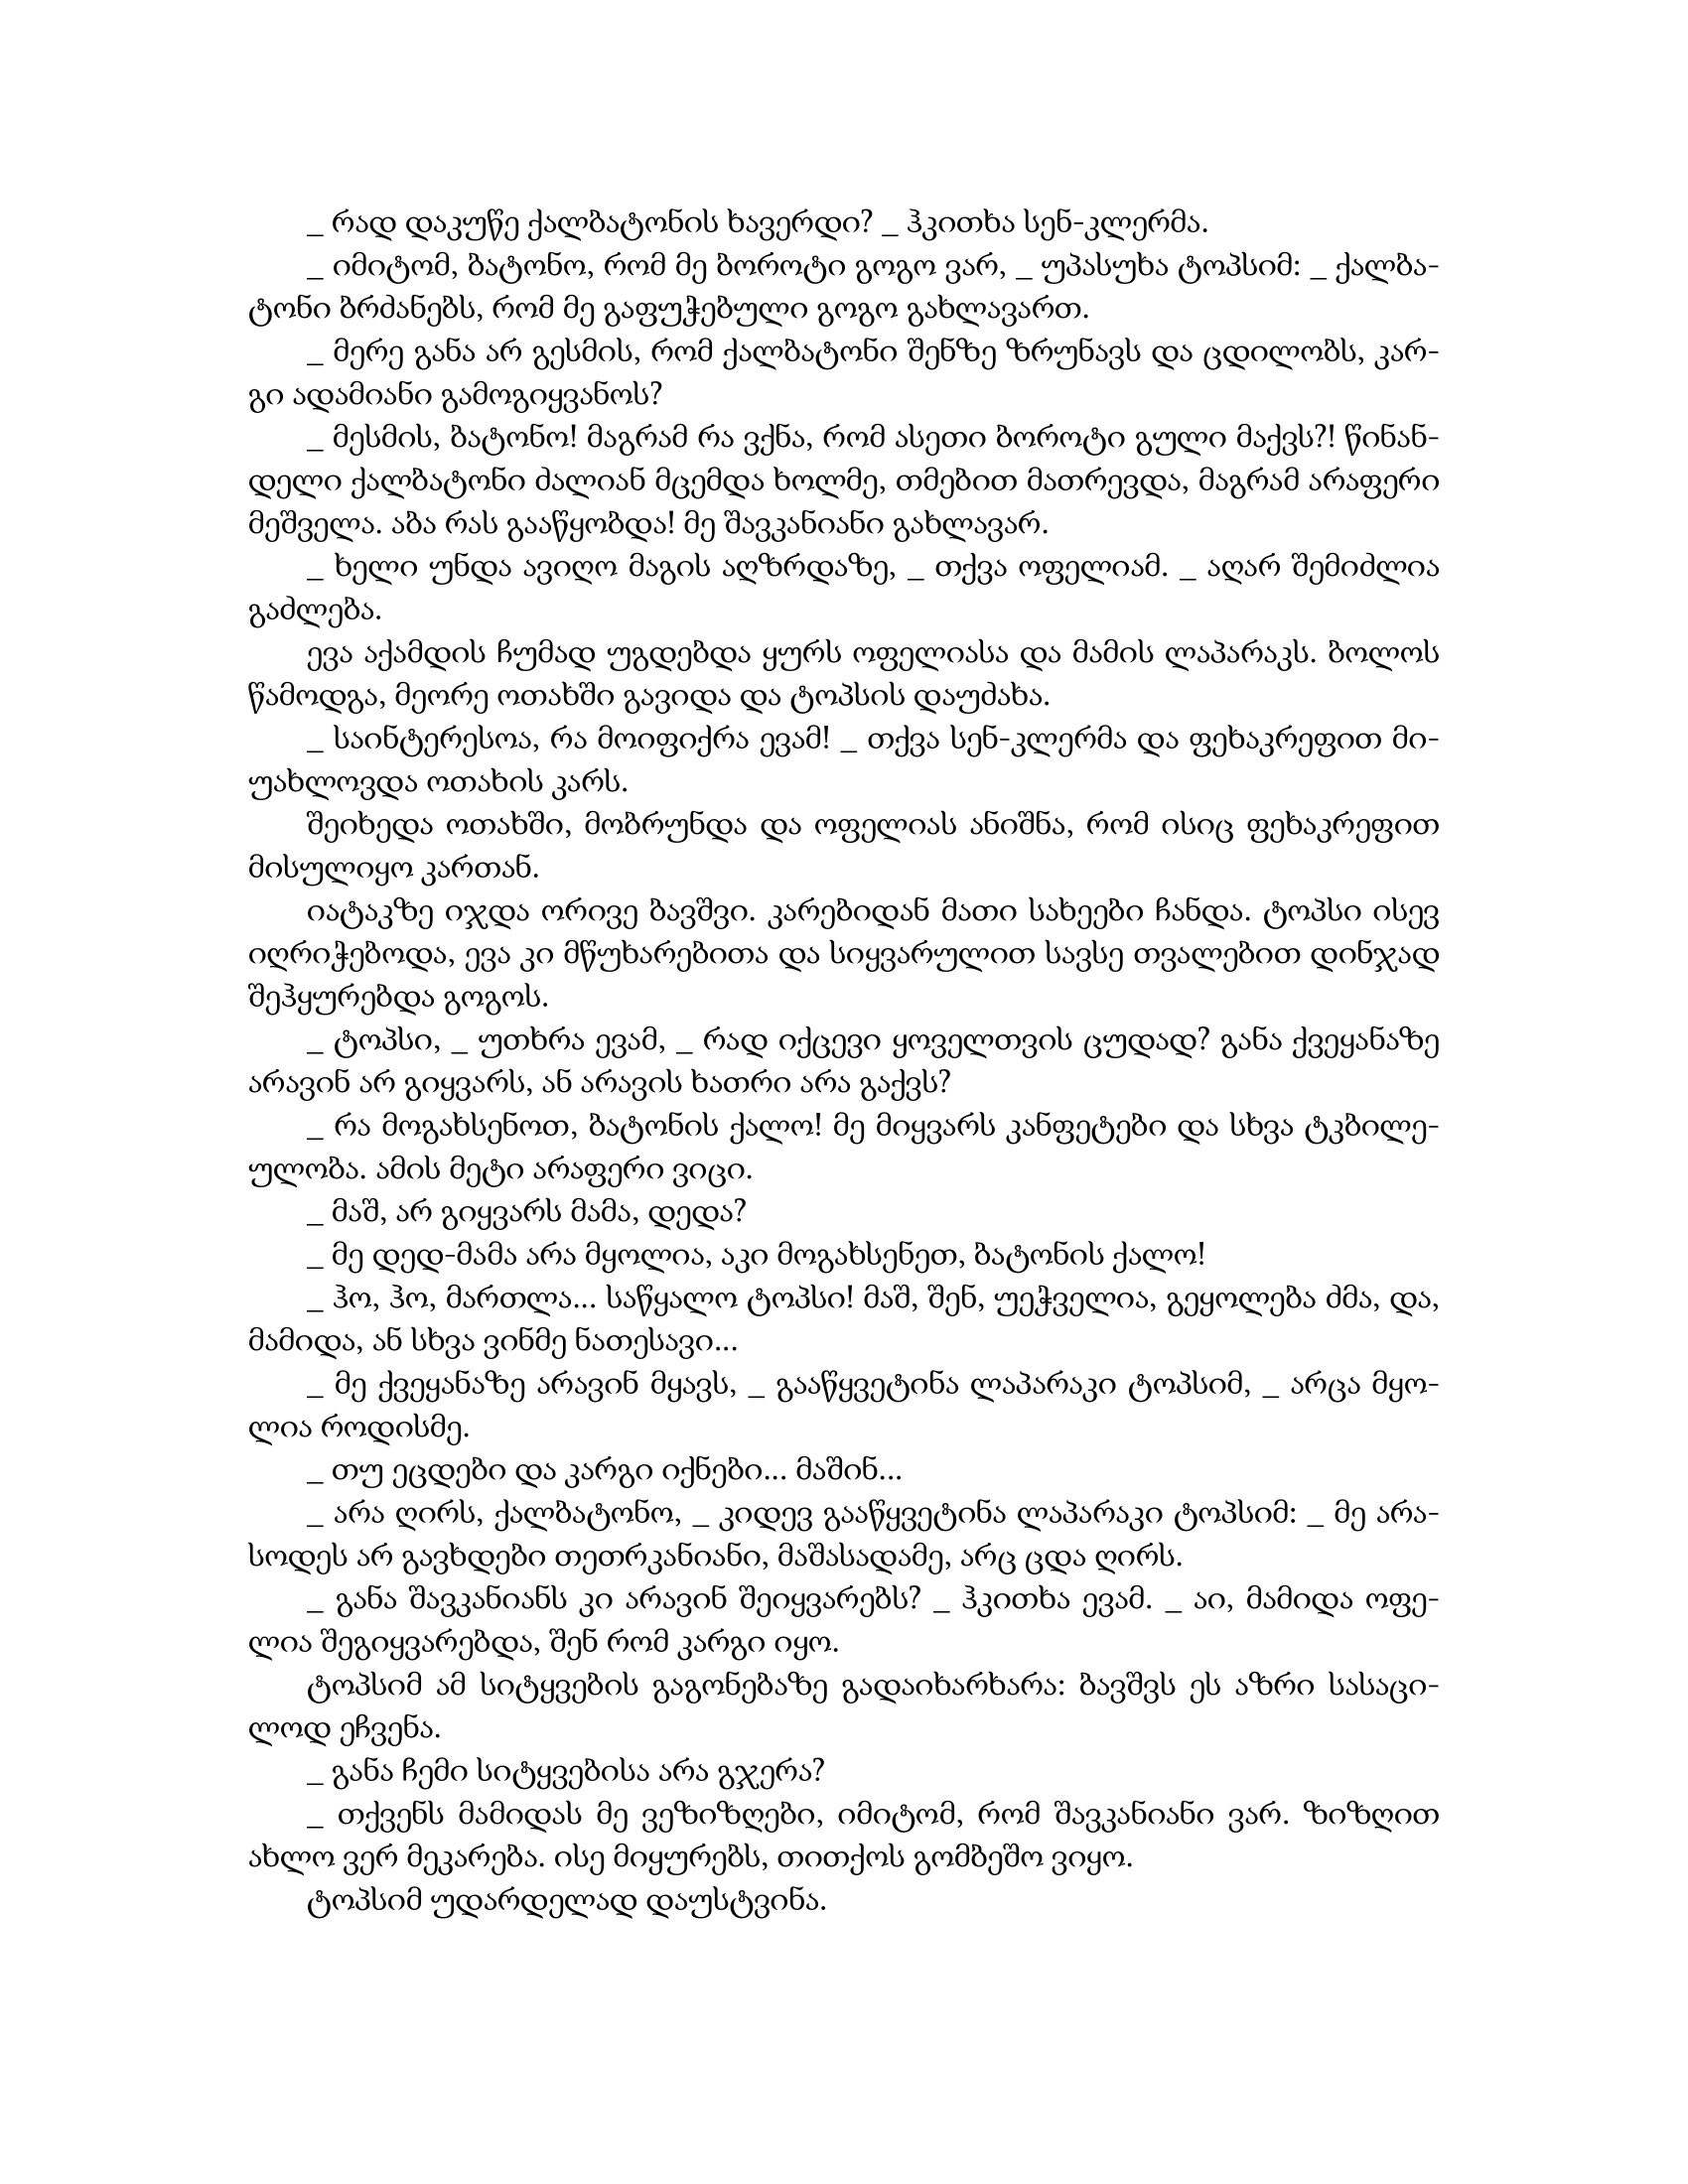
Language: gr